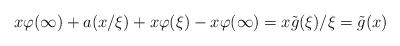
LaTeX: \begin{align*}x\varphi(\infty)+a(x/\xi)+x\varphi(\xi)-x\varphi(\infty)=x\tilde g(\xi)/\xi=\tilde g(x)\end{align*}